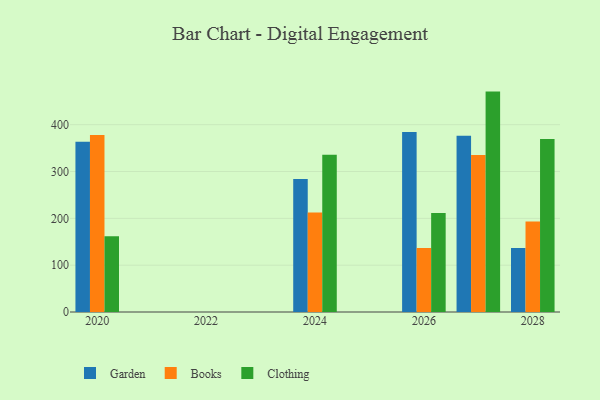
{"axis": {"x": "Year", "y": "Latency (ms)"}, "legend": ["Books", "Clothing", "Garden"], "data": [{"x": "2026", "y": 384.4, "type": "Garden"}, {"x": "2026", "y": 136.8, "type": "Books"}, {"x": "2026", "y": 211.5, "type": "Clothing"}, {"x": "2027", "y": 376.2, "type": "Garden"}, {"x": "2027", "y": 335.0, "type": "Books"}, {"x": "2027", "y": 470.6, "type": "Clothing"}, {"x": "2024", "y": 283.8, "type": "Garden"}, {"x": "2024", "y": 212.2, "type": "Books"}, {"x": "2024", "y": 336.0, "type": "Clothing"}, {"x": "2028", "y": 136.7, "type": "Garden"}, {"x": "2028", "y": 193.1, "type": "Books"}, {"x": "2028", "y": 369.4, "type": "Clothing"}, {"x": "2020", "y": 363.3, "type": "Garden"}, {"x": "2020", "y": 377.7, "type": "Books"}, {"x": "2020", "y": 161.8, "type": "Clothing"}]}